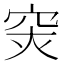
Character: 𥥍